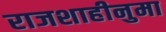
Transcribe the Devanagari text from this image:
राजशाहीनुमा